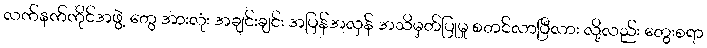
လက်နက်ကိုင်အဖွဲ့ တွေ အားလုံး အချင်းချင်း အပြန်အလှန် အသိမှတ်ပြုမှု စတင်လာပြီလား လို့လည်း တွေးစရာ